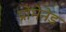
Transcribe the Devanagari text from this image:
प्रोमेनेड